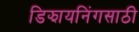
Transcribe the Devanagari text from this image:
डिझायनिंगसाठी